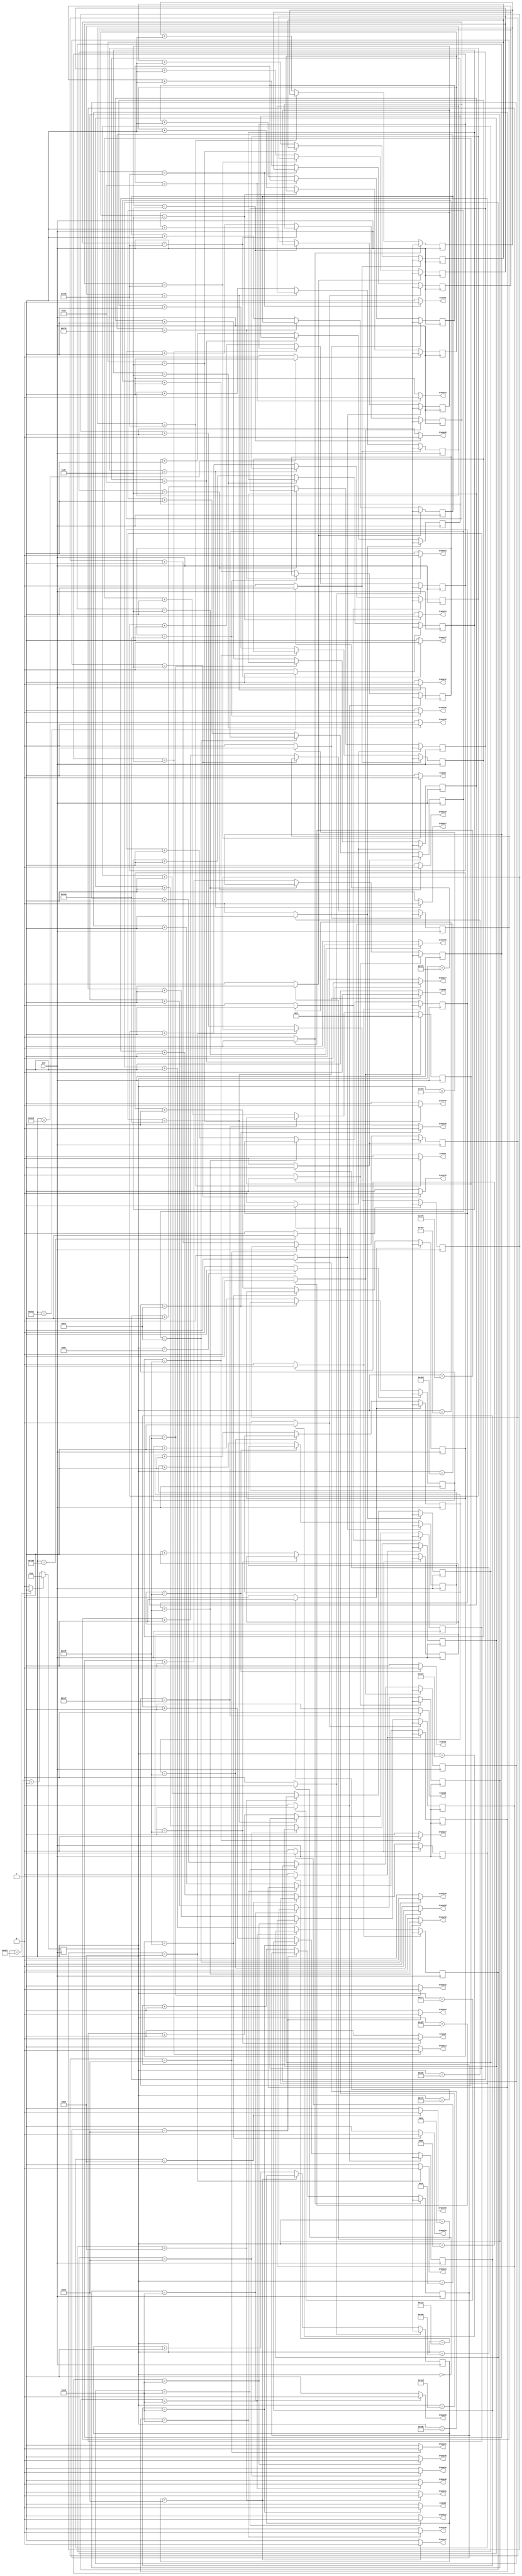
`timescale 1ns / 1ps
//////////////////////////////////////////////////////////////////////////////////
// Company: 
// Engineer: 
// 
// Design Name: 
// Module Name:    twin_6_7_notad 
// Project Name: 
// Target Devices: 
// Tool versions: 
// Description: 
//
// Dependencies: 
//
// Revision: 
// Revision 0.01 - File Created
// Additional Comments: 
//
//////////////////////////////////////////////////////////////////////////////////
module twin_6_7_notad(
 	 input CLK,
    output trans1,
    output trans2,
	 output trans3,
	 output trans4,
	 output trans5,
	 output trans6,

	 output trans8,
	 output trans9,
	 output trans10,
	 output trans11,
	 output trans12,
	 output trans13,

	 output trans15,
	 output trans16,
	 output trans17,
	 output trans18,
	 output trans19,
	 output trans20,

	 output trans22,
	 output trans23,
	 output trans24,
	 output trans25,
	 output trans26,
	 output trans27,

	 output trans29,
	 output trans30,
	 output trans31,
	 output trans32,
	 output trans33,
	 output trans34,

	 output trans36,
	 output trans37,
	 output trans38,
	 output trans39,
	 output trans40,
	 output trans41,

	 output trans43,
	 output trans44,
	 output trans45,
	 output trans46,
	 output trans47,
	 output trans48

    );

	//define signals
	reg [10:0] pwm_base_reg = 11'h000;
	reg [9:0] pwm1_duty_reg = 10'h000;
	reg [9:0] pwm2_duty_reg = 10'h000;
	reg [9:0] pwm3_duty_reg = 10'h000;
	reg [9:0] pwm4_duty_reg = 10'h000;
	reg [9:0] pwm5_duty_reg = 10'h000;
	reg [9:0] pwm6_duty_reg = 10'h000;

	reg [9:0] pwm8_duty_reg = 10'h000;
	reg [9:0] pwm9_duty_reg = 10'h000;
	reg [9:0] pwm10_duty_reg = 10'h000;
	reg [9:0] pwm11_duty_reg = 10'h000;	
	reg [9:0] pwm12_duty_reg = 10'h000;	
	reg [9:0] pwm13_duty_reg = 10'h000;

	reg [9:0] pwm15_duty_reg = 10'h000;
	reg [9:0] pwm16_duty_reg = 10'h000;
	reg [9:0] pwm17_duty_reg = 10'h000;
   reg [9:0] pwm18_duty_reg = 10'h000;
   reg [9:0] pwm19_duty_reg = 10'h000;
   reg [9:0] pwm20_duty_reg = 10'h000;

   reg [9:0] pwm22_duty_reg = 10'h000;
   reg [9:0] pwm23_duty_reg = 10'h000;
   reg [9:0] pwm24_duty_reg = 10'h000;
   reg [9:0] pwm25_duty_reg = 10'h000;
   reg [9:0] pwm26_duty_reg = 10'h000;
   reg [9:0] pwm27_duty_reg = 10'h000;

   reg [9:0] pwm29_duty_reg = 10'h000;
   reg [9:0] pwm30_duty_reg = 10'h000;
   reg [9:0] pwm31_duty_reg = 10'h000;
   reg [9:0] pwm32_duty_reg = 10'h000;
   reg [9:0] pwm33_duty_reg = 10'h000;
   reg [9:0] pwm34_duty_reg = 10'h000;

   reg [9:0] pwm36_duty_reg = 10'h000;
   reg [9:0] pwm37_duty_reg = 10'h000;
   reg [9:0] pwm38_duty_reg = 10'h000;
   reg [9:0] pwm39_duty_reg = 10'h000;
   reg [9:0] pwm40_duty_reg = 10'h000;
   reg [9:0] pwm41_duty_reg = 10'h000;

   reg [9:0] pwm43_duty_reg = 10'h000;
   reg [9:0] pwm44_duty_reg = 10'h000;
   reg [9:0] pwm45_duty_reg = 10'h000;
   reg [9:0] pwm46_duty_reg = 10'h000;
   reg [9:0] pwm47_duty_reg = 10'h000;
   reg [9:0] pwm48_duty_reg = 10'h000;

	
	reg [6:0] base_cycle_counter_reg = 7'h00;
	reg [15:0] count_base_reg = 16'h0000;
	
	wire pwm1;
	wire pwm2;
	wire pwm3;
	wire pwm4;
	wire pwm5;
	wire pwm6;

	wire pwm8;
	wire pwm9;
	wire pwm10;
	wire pwm11;
	wire pwm12;
	wire pwm13;

	wire pwm15;
	wire pwm16;
	wire pwm17;
   wire pwm18;
   wire pwm19;
   wire pwm20;

   wire pwm22;
   wire pwm23;
   wire pwm24;
   wire pwm25;
   wire pwm26;
   wire pwm27;

   wire pwm29;
   wire pwm30;
   wire pwm31;
   wire pwm32;
   wire pwm33;
   wire pwm34;

   wire pwm36;
   wire pwm37;
   wire pwm38;
   wire pwm39;
   wire pwm40;
   wire pwm41;

   wire pwm43;
   wire pwm44;
   wire pwm45;
   wire pwm46;
   wire pwm47;
   wire pwm48;

	
	wire pwm1_out;
	wire pwm2_out;
	wire pwm3_out;
	wire pwm4_out;
	wire pwm5_out;
	wire pwm6_out;

	wire pwm8_out;
	wire pwm9_out;
	wire pwm10_out;
	wire pwm11_out;
	wire pwm12_out;
	wire pwm13_out;

	wire pwm15_out;
	wire pwm16_out;
	wire pwm17_out;
	wire pwm18_out;
   wire pwm19_out;
   wire pwm20_out;

   wire pwm22_out;
   wire pwm23_out;
   wire pwm24_out;
   wire pwm25_out;
   wire pwm26_out;
   wire pwm27_out;

   wire pwm29_out;
   wire pwm30_out;
   wire pwm31_out;
   wire pwm32_out;
   wire pwm33_out;
   wire pwm34_out;

   wire pwm36_out;
   wire pwm37_out;
   wire pwm38_out;
   wire pwm39_out;
   wire pwm40_out;
   wire pwm41_out;

   wire pwm43_out;
   wire pwm44_out;
   wire pwm45_out;
   wire pwm46_out;
   wire pwm47_out;
   wire pwm48_out;

	wire pwmbp;
	

	//PWM Base Cycle Generate
	/* Calculation
		base count = 50[MHz] / 40 [kHz] = 1250
		0 ~ 1249 -> 1250 count
	*/
	always @(posedge CLK) begin  //CB16RE
		if (pwmbp == 1'b1) begin  //R:pwmbp
			pwm_base_reg <= 11'h000;  //h:hexadecimal, assign 0 to all bits
		end
		else begin
			pwm_base_reg <= pwm_base_reg + 1'b1;  //increment
		end
	end
	
	assign pwmbp = (pwm_base_reg[10:0] == 11'd1249) ? 1'b1 : 1'b0;  //COMP16
	
	//phase
   assign pwm1  = (pwm_base_reg[10:0] == 11'd26) ? 1'b1 : 1'b0;  //COMP16
   assign pwm2  = (pwm_base_reg[10:0] == 11'd502) ? 1'b1 : 1'b0;  //COMP16
   assign pwm3  = (pwm_base_reg[10:0] == 11'd750) ? 1'b1 : 1'b0;  //COMP16
   assign pwm4  = (pwm_base_reg[10:0] == 11'd125) ? 1'b1 : 1'b0;  //COMP16
   assign pwm5  = (pwm_base_reg[10:0] == 11'd1127) ? 1'b1 : 1'b0;  //COMP16
   assign pwm6  = (pwm_base_reg[10:0] == 11'd651) ? 1'b1 : 1'b0;  //COMP16
   assign pwm8  = (pwm_base_reg[10:0] == 11'd625) ? 1'b1 : 1'b0;  //COMP16
   assign pwm9  = (pwm_base_reg[10:0] == 11'd1135) ? 1'b1 : 1'b0;  //COMP16
   assign pwm10 = (pwm_base_reg[10:0] == 11'd153) ? 1'b1 : 1'b0;  //COMP16
   assign pwm11 = (pwm_base_reg[10:0] == 11'd778) ? 1'b1 : 1'b0;  //COMP16
   assign pwm12 = (pwm_base_reg[10:0] == 11'd510) ? 1'b1 : 1'b0;  //COMP16
   assign pwm13 = (pwm_base_reg[10:0] == 11'd0) ? 1'b1 : 1'b0;  //COMP16
   assign pwm15 = (pwm_base_reg[10:0] == 11'd1005) ? 1'b1 : 1'b0;  //COMP16
   assign pwm16 = (pwm_base_reg[10:0] == 11'd290) ? 1'b1 : 1'b0;  //COMP16
   assign pwm17 = (pwm_base_reg[10:0] == 11'd572) ? 1'b1 : 1'b0;  //COMP16
   assign pwm18 = (pwm_base_reg[10:0] == 11'd1197) ? 1'b1 : 1'b0;  //COMP16
   assign pwm19 = (pwm_base_reg[10:0] == 11'd915) ? 1'b1 : 1'b0;  //COMP16
   assign pwm20 = (pwm_base_reg[10:0] == 11'd380) ? 1'b1 : 1'b0;  //COMP16
   assign pwm22 = (pwm_base_reg[10:0] == 11'd1135) ? 1'b1 : 1'b0;  //COMP16
   assign pwm23 = (pwm_base_reg[10:0] == 11'd429) ? 1'b1 : 1'b0;  //COMP16
   assign pwm24 = (pwm_base_reg[10:0] == 11'd717) ? 1'b1 : 1'b0;  //COMP16
   assign pwm25 = (pwm_base_reg[10:0] == 11'd92) ? 1'b1 : 1'b0;  //COMP16
   assign pwm26 = (pwm_base_reg[10:0] == 11'd1054) ? 1'b1 : 1'b0;  //COMP16
   assign pwm27 = (pwm_base_reg[10:0] == 11'd510) ? 1'b1 : 1'b0;  //COMP16
   assign pwm29 = (pwm_base_reg[10:0] == 11'd1005) ? 1'b1 : 1'b0;  //COMP16
   assign pwm30 = (pwm_base_reg[10:0] == 11'd290) ? 1'b1 : 1'b0;  //COMP16
   assign pwm31 = (pwm_base_reg[10:0] == 11'd572) ? 1'b1 : 1'b0;  //COMP16
   assign pwm32 = (pwm_base_reg[10:0] == 11'd1197) ? 1'b1 : 1'b0;  //COMP16
   assign pwm33 = (pwm_base_reg[10:0] == 11'd915) ? 1'b1 : 1'b0;  //COMP16
   assign pwm34 = (pwm_base_reg[10:0] == 11'd380) ? 1'b1 : 1'b0;  //COMP16
   assign pwm36 = (pwm_base_reg[10:0] == 11'd625) ? 1'b1 : 1'b0;  //COMP16
   assign pwm37 = (pwm_base_reg[10:0] == 11'd1135) ? 1'b1 : 1'b0;  //COMP16
   assign pwm38 = (pwm_base_reg[10:0] == 11'd153) ? 1'b1 : 1'b0;  //COMP16
   assign pwm39 = (pwm_base_reg[10:0] == 11'd778) ? 1'b1 : 1'b0;  //COMP16
   assign pwm40 = (pwm_base_reg[10:0] == 11'd510) ? 1'b1 : 1'b0;  //COMP16
   assign pwm41 = (pwm_base_reg[10:0] == 11'd0) ? 1'b1 : 1'b0;  //COMP16
   assign pwm43 = (pwm_base_reg[10:0] == 11'd26) ? 1'b1 : 1'b0;  //COMP16
   assign pwm44 = (pwm_base_reg[10:0] == 11'd502) ? 1'b1 : 1'b0;  //COMP16
   assign pwm45 = (pwm_base_reg[10:0] == 11'd750) ? 1'b1 : 1'b0;  //COMP16
   assign pwm46 = (pwm_base_reg[10:0] == 11'd125) ? 1'b1 : 1'b0;  //COMP16
   assign pwm47 = (pwm_base_reg[10:0] == 11'd1127) ? 1'b1 : 1'b0;  //COMP16
   assign pwm48 = (pwm_base_reg[10:0] == 11'd651) ? 1'b1 : 1'b0;  //COMP16
	
	
	//PWM Duty Ratio Generate
    always @(posedge CLK) begin  //CB16RE
        if (pwm1 == 1'b1) begin  //R:pwm1
            pwm1_duty_reg <= 11'h000;
        end
        else if (pwm1_out == 1'b1) begin  //CE:pwm1_out
            pwm1_duty_reg <= pwm1_duty_reg + 1'b1;
        end
    end
    
    always @(posedge CLK) begin  //CB16RE
        if (pwm2 == 1'b1) begin  //R:pwm2
            pwm2_duty_reg <= 11'h000;
        end
        else if (pwm2_out == 1'b1) begin  //CE:pwm2_out
            pwm2_duty_reg <= pwm2_duty_reg + 1'b1;
        end
    end
    
    always @(posedge CLK) begin  //CB16RE
        if (pwm3 == 1'b1) begin  //R:pwm3
            pwm3_duty_reg <= 11'h000;
        end
        else if (pwm3_out == 1'b1) begin  //CE:pwm3_out
            pwm3_duty_reg <= pwm3_duty_reg + 1'b1;
        end
    end
    
    always @(posedge CLK) begin  //CB16RE
        if (pwm4 == 1'b1) begin  //R:pwm4
            pwm4_duty_reg <= 11'h000;
        end
        else if (pwm4_out == 1'b1) begin  //CE:pwm4_out
            pwm4_duty_reg <= pwm4_duty_reg + 1'b1;
        end
    end
    
    always @(posedge CLK) begin  //CB16RE
        if (pwm5 == 1'b1) begin  //R:pwm5
            pwm5_duty_reg <= 11'h000;
        end
        else if (pwm5_out == 1'b1) begin  //CE:pwm5_out
            pwm5_duty_reg <= pwm5_duty_reg + 1'b1;
        end
    end
    
    always @(posedge CLK) begin  //CB16RE
        if (pwm6 == 1'b1) begin  //R:pwm6
            pwm6_duty_reg <= 11'h000;
        end
        else if (pwm6_out == 1'b1) begin  //CE:pwm6_out
            pwm6_duty_reg <= pwm6_duty_reg + 1'b1;
        end
    end
    

    
    always @(posedge CLK) begin  //CB16RE
        if (pwm8 == 1'b1) begin  //R:pwm8
            pwm8_duty_reg <= 11'h000;
        end
        else if (pwm8_out == 1'b1) begin  //CE:pwm8_out
            pwm8_duty_reg <= pwm8_duty_reg + 1'b1;
        end
    end
    
    always @(posedge CLK) begin  //CB16RE
        if (pwm9 == 1'b1) begin  //R:pwm9
            pwm9_duty_reg <= 11'h000;
        end
        else if (pwm9_out == 1'b1) begin  //CE:pwm9_out
            pwm9_duty_reg <= pwm9_duty_reg + 1'b1;
        end
    end
    
    always @(posedge CLK) begin  //CB16RE
        if (pwm10 == 1'b1) begin  //R:pwm10
            pwm10_duty_reg <= 11'h000;
        end
        else if (pwm10_out == 1'b1) begin  //CE:pwm10_out
            pwm10_duty_reg <= pwm10_duty_reg + 1'b1;
        end
    end
    
   always @(posedge CLK) begin  //CB16RE
        if (pwm11 == 1'b1) begin  //R:pwm11
            pwm11_duty_reg <= 11'h000;
        end
        else if (pwm11_out == 1'b1) begin  //CE:pwm11_out
            pwm11_duty_reg <= pwm11_duty_reg + 1'b1;
        end
    end

   always @(posedge CLK) begin  //CB16RE
        if (pwm12 == 1'b1) begin  //R:pwm12
            pwm12_duty_reg <= 11'h000;
        end
        else if (pwm12_out == 1'b1) begin  //CE:pwm12_out
            pwm12_duty_reg <= pwm12_duty_reg + 1'b1;
        end
    end

   always @(posedge CLK) begin  //CB16RE
        if (pwm13 == 1'b1) begin  //R:pwm13
            pwm13_duty_reg <= 11'h000;
        end
        else if (pwm13_out == 1'b1) begin  //CE:pwm13_out
            pwm13_duty_reg <= pwm13_duty_reg + 1'b1;
        end
    end


	 
    always @(posedge CLK) begin  //CB16RE
        if (pwm15 == 1'b1) begin  //R:pwm15
            pwm15_duty_reg <= 11'h000;
        end
        else if (pwm15_out == 1'b1) begin  //CE:pwm15_out
            pwm15_duty_reg <= pwm15_duty_reg + 1'b1;
        end
    end
	 
    always @(posedge CLK) begin  //CB16RE
        if (pwm16 == 1'b1) begin  //R:pwm16
            pwm16_duty_reg <= 11'h000;
        end
        else if (pwm16_out == 1'b1) begin  //CE:pwm16_out
            pwm16_duty_reg <= pwm16_duty_reg + 1'b1;
        end
    end
	 
    always @(posedge CLK) begin  //CB16RE
        if (pwm17 == 1'b1) begin  //R:pwm17
            pwm17_duty_reg <= 11'h000;
        end
        else if (pwm17_out == 1'b1) begin  //CE:pwm17_out
            pwm17_duty_reg <= pwm17_duty_reg + 1'b1;
        end
    end

    always @(posedge CLK) begin  //CB16RE
        if (pwm18 == 1'b1) begin  //R:pwm18
            pwm18_duty_reg <= 11'h000;
        end
        else if (pwm18_out == 1'b1) begin  //CE:pwm18_out
            pwm18_duty_reg <= pwm18_duty_reg + 1'b1;
        end
    end

	 always @(posedge CLK) begin  //CB16RE
        if (pwm19 == 1'b1) begin  //R:pwm19
            pwm19_duty_reg <= 11'h000;
        end
        else if (pwm19_out == 1'b1) begin  //CE:pwm19_out
            pwm19_duty_reg <= pwm19_duty_reg + 1'b1;
        end
    end

	 always @(posedge CLK) begin  //CB16RE
        if (pwm20 == 1'b1) begin  //R:pwm20
            pwm20_duty_reg <= 11'h000;
        end
        else if (pwm20_out == 1'b1) begin  //CE:pwm20_out
            pwm20_duty_reg <= pwm20_duty_reg + 1'b1;
        end
    end



	 always @(posedge CLK) begin  //CB16RE
        if (pwm22 == 1'b1) begin  //R:pwm22
            pwm22_duty_reg <= 11'h000;
        end
        else if (pwm22_out == 1'b1) begin  //CE:pwm22_out
            pwm22_duty_reg <= pwm22_duty_reg + 1'b1;
        end
    end

	 always @(posedge CLK) begin  //CB16RE
        if (pwm23 == 1'b1) begin  //R:pwm23
            pwm23_duty_reg <= 11'h000;
        end
        else if (pwm23_out == 1'b1) begin  //CE:pwm23_out
            pwm23_duty_reg <= pwm23_duty_reg + 1'b1;
        end
    end
	 
    always @(posedge CLK) begin  //CB16RE
        if (pwm24 == 1'b1) begin  //R:pwm24
            pwm24_duty_reg <= 11'h000;
        end
        else if (pwm24_out == 1'b1) begin  //CE:pwm24_out
            pwm24_duty_reg <= pwm24_duty_reg + 1'b1;
        end
    end
	 
    always @(posedge CLK) begin  //CB16RE
        if (pwm25 == 1'b1) begin  //R:pwm25
            pwm25_duty_reg <= 11'h000;
        end
        else if (pwm25_out == 1'b1) begin  //CE:pwm25_out
            pwm25_duty_reg <= pwm25_duty_reg + 1'b1;
        end
    end
	 
    always @(posedge CLK) begin  //CB16RE
        if (pwm26 == 1'b1) begin  //R:pwm26
            pwm26_duty_reg <= 11'h000;
        end
        else if (pwm26_out == 1'b1) begin  //CE:pwm26_out
            pwm26_duty_reg <= pwm26_duty_reg + 1'b1;
        end
    end
	 
    always @(posedge CLK) begin  //CB16RE
        if (pwm27 == 1'b1) begin  //R:pwm27
            pwm27_duty_reg <= 11'h000;
        end
        else if (pwm27_out == 1'b1) begin  //CE:pwm27_out
            pwm27_duty_reg <= pwm27_duty_reg + 1'b1;
        end
    end
	 

	 
    always @(posedge CLK) begin  //CB16RE
        if (pwm29 == 1'b1) begin  //R:pwm29
            pwm29_duty_reg <= 11'h000;
        end
        else if (pwm29_out == 1'b1) begin  //CE:pwm29_out
            pwm29_duty_reg <= pwm29_duty_reg + 1'b1;
        end
    end
	 
    always @(posedge CLK) begin  //CB16RE
        if (pwm30 == 1'b1) begin  //R:pwm30
            pwm30_duty_reg <= 11'h000;
        end
        else if (pwm30_out == 1'b1) begin  //CE:pwm30_out
            pwm30_duty_reg <= pwm30_duty_reg + 1'b1;
        end
    end
	 
    always @(posedge CLK) begin  //CB16RE
        if (pwm31 == 1'b1) begin  //R:pwm31
            pwm31_duty_reg <= 11'h000;
        end
        else if (pwm31_out == 1'b1) begin  //CE:pwm31_out
            pwm31_duty_reg <= pwm31_duty_reg + 1'b1;
        end
    end
	 
    always @(posedge CLK) begin  //CB16RE
        if (pwm32 == 1'b1) begin  //R:pwm32
            pwm32_duty_reg <= 11'h000;
        end
        else if (pwm32_out == 1'b1) begin  //CE:pwm32_out
            pwm32_duty_reg <= pwm32_duty_reg + 1'b1;
        end
    end
	 
    always @(posedge CLK) begin  //CB16RE
        if (pwm33 == 1'b1) begin  //R:pwm33
            pwm33_duty_reg <= 11'h000;
        end
        else if (pwm33_out == 1'b1) begin  //CE:pwm33_out
            pwm33_duty_reg <= pwm33_duty_reg + 1'b1;
        end
    end
	 
    always @(posedge CLK) begin  //CB16RE
        if (pwm34 == 1'b1) begin  //R:pwm34
            pwm34_duty_reg <= 11'h000;
        end
        else if (pwm34_out == 1'b1) begin  //CE:pwm34_out
            pwm34_duty_reg <= pwm34_duty_reg + 1'b1;
        end
    end
	 

	 
    always @(posedge CLK) begin  //CB16RE
        if (pwm36 == 1'b1) begin  //R:pwm36
            pwm36_duty_reg <= 11'h000;
        end
        else if (pwm36_out == 1'b1) begin  //CE:pwm36_out
            pwm36_duty_reg <= pwm36_duty_reg + 1'b1;
        end
    end
	 
    always @(posedge CLK) begin  //CB16RE
        if (pwm37 == 1'b1) begin  //R:pwm37
            pwm37_duty_reg <= 11'h000;
        end
        else if (pwm37_out == 1'b1) begin  //CE:pwm37_out
            pwm37_duty_reg <= pwm37_duty_reg + 1'b1;
        end
    end
	 
    always @(posedge CLK) begin  //CB16RE
        if (pwm38 == 1'b1) begin  //R:pwm38
            pwm38_duty_reg <= 11'h000;
        end
        else if (pwm38_out == 1'b1) begin  //CE:pwm38_out
            pwm38_duty_reg <= pwm38_duty_reg + 1'b1;
        end
    end
	 
    always @(posedge CLK) begin  //CB16RE
        if (pwm39 == 1'b1) begin  //R:pwm39
            pwm39_duty_reg <= 11'h000;
        end
        else if (pwm39_out == 1'b1) begin  //CE:pwm39_out
            pwm39_duty_reg <= pwm39_duty_reg + 1'b1;
        end
    end
	 
    always @(posedge CLK) begin  //CB16RE
        if (pwm40 == 1'b1) begin  //R:pwm40
            pwm40_duty_reg <= 11'h000;
        end
        else if (pwm40_out == 1'b1) begin  //CE:pwm40_out
            pwm40_duty_reg <= pwm40_duty_reg + 1'b1;
        end
    end
	 
    always @(posedge CLK) begin  //CB16RE
        if (pwm41 == 1'b1) begin  //R:pwm41
            pwm41_duty_reg <= 11'h000;
        end
        else if (pwm41_out == 1'b1) begin  //CE:pwm41_out
            pwm41_duty_reg <= pwm41_duty_reg + 1'b1;
        end
    end
	 

	 
    always @(posedge CLK) begin  //CB16RE
        if (pwm43 == 1'b1) begin  //R:pwm43
            pwm43_duty_reg <= 11'h000;
        end
        else if (pwm43_out == 1'b1) begin  //CE:pwm43_out
            pwm43_duty_reg <= pwm43_duty_reg + 1'b1;
        end
    end
	 
    always @(posedge CLK) begin  //CB16RE
        if (pwm44 == 1'b1) begin  //R:pwm44
            pwm44_duty_reg <= 11'h000;
        end
        else if (pwm44_out == 1'b1) begin  //CE:pwm44_out
            pwm44_duty_reg <= pwm44_duty_reg + 1'b1;
        end
    end
	 
    always @(posedge CLK) begin  //CB16RE
        if (pwm45 == 1'b1) begin  //R:pwm45
            pwm45_duty_reg <= 11'h000;
        end
        else if (pwm45_out == 1'b1) begin  //CE:pwm45_out
            pwm45_duty_reg <= pwm45_duty_reg + 1'b1;
        end
    end
	 
    always @(posedge CLK) begin  //CB16RE
        if (pwm46 == 1'b1) begin  //R:pwm46
            pwm46_duty_reg <= 11'h000;
        end
        else if (pwm46_out == 1'b1) begin  //CE:pwm46_out
            pwm46_duty_reg <= pwm46_duty_reg + 1'b1;
        end
    end
	 
    always @(posedge CLK) begin  //CB16RE
        if (pwm47 == 1'b1) begin  //R:pwm47
            pwm47_duty_reg <= 11'h000;
        end
        else if (pwm47_out == 1'b1) begin  //CE:pwm47_out
            pwm47_duty_reg <= pwm47_duty_reg + 1'b1;
        end
    end
	 
    always @(posedge CLK) begin  //CB16RE
        if (pwm48 == 1'b1) begin  //R:pwm48
            pwm48_duty_reg <= 11'h000;
        end
        else if (pwm48_out == 1'b1) begin  //CE:pwm48_out
            pwm48_duty_reg <= pwm48_duty_reg + 1'b1;
        end
    end
       

	//duty ratio  ex 50% -> 1250 / 2 = 625
	assign pwm1_out = (pwm1_duty_reg[9:0] == 10'd264) ? 1'b0 : 1'b1;  //COMP16
	assign pwm2_out = (pwm2_duty_reg[9:0] == 10'd264) ? 1'b0 : 1'b1;  //COMP16
	assign pwm3_out = (pwm3_duty_reg[9:0] == 10'd264) ? 1'b0 : 1'b1;  //COMP16
	assign pwm4_out = (pwm4_duty_reg[9:0] == 10'd319) ? 1'b0 : 1'b1;  //COMP16
	assign pwm5_out = (pwm5_duty_reg[9:0] == 10'd362) ? 1'b0 : 1'b1;  //COMP16
	assign pwm6_out = (pwm6_duty_reg[9:0] == 10'd319) ? 1'b0 : 1'b1;  //COMP16

	assign pwm8_out = (pwm8_duty_reg[9:0] == 10'd237) ? 1'b0 : 1'b1;  //COMP16
	assign pwm9_out = (pwm9_duty_reg[9:0] == 10'd463) ? 1'b0 : 1'b1;  //COMP16
	assign pwm10_out = (pwm10_duty_reg[9:0] == 10'd319) ? 1'b0 : 1'b1;  //COMP16
   assign pwm11_out = (pwm11_duty_reg[9:0] == 10'd205) ? 1'b0 : 1'b1;  //COMP16 
   assign pwm12_out = (pwm12_duty_reg[9:0] == 10'd264) ? 1'b0 : 1'b1;  //COMP16 
   assign pwm13_out = (pwm13_duty_reg[9:0] == 10'd220) ? 1'b0 : 1'b1;  //COMP16 

   assign pwm15_out = (pwm15_duty_reg[9:0] == 10'd220) ? 1'b0 : 1'b1;  //COMP16 
   assign pwm16_out = (pwm16_duty_reg[9:0] == 10'd205) ? 1'b0 : 1'b1;  //COMP16
   assign pwm17_out = (pwm17_duty_reg[9:0] == 10'd170) ? 1'b0 : 1'b1;  //COMP16
   assign pwm18_out = (pwm18_duty_reg[9:0] == 10'd220) ? 1'b0 : 1'b1;  //COMP16
   assign pwm19_out = (pwm19_duty_reg[9:0] == 10'd220) ? 1'b0 : 1'b1;  //COMP16
   assign pwm20_out = (pwm20_duty_reg[9:0] == 10'd319) ? 1'b0 : 1'b1;  //COMP16

   assign pwm22_out = (pwm22_duty_reg[9:0] == 10'd237) ? 1'b0 : 1'b1;  //COMP16
   assign pwm23_out = (pwm23_duty_reg[9:0] == 10'd185) ? 1'b0 : 1'b1;  //COMP16
   assign pwm24_out = (pwm24_duty_reg[9:0] == 10'd220) ? 1'b0 : 1'b1;  //COMP16
   assign pwm25_out = (pwm25_duty_reg[9:0] == 10'd197) ? 1'b0 : 1'b1;  //COMP16
   assign pwm26_out = (pwm26_duty_reg[9:0] == 10'd220) ? 1'b0 : 1'b1;  //COMP16
   assign pwm27_out = (pwm27_duty_reg[9:0] == 10'd319) ? 1'b0 : 1'b1;  //COMP16

   assign pwm29_out = (pwm29_duty_reg[9:0] == 10'd237) ? 1'b0 : 1'b1;  //COMP16
   assign pwm30_out = (pwm30_duty_reg[9:0] == 10'd237) ? 1'b0 : 1'b1;  //COMP16
   assign pwm31_out = (pwm31_duty_reg[9:0] == 10'd185) ? 1'b0 : 1'b1;  //COMP16
   assign pwm32_out = (pwm32_duty_reg[9:0] == 10'd319) ? 1'b0 : 1'b1;  //COMP16
   assign pwm33_out = (pwm33_duty_reg[9:0] == 10'd170) ? 1'b0 : 1'b1;  //COMP16
   assign pwm34_out = (pwm34_duty_reg[9:0] == 10'd319) ? 1'b0 : 1'b1;  //COMP16

   assign pwm36_out = (pwm36_duty_reg[9:0] == 10'd362) ? 1'b0 : 1'b1;  //COMP16
   assign pwm37_out = (pwm37_duty_reg[9:0] == 10'd264) ? 1'b0 : 1'b1;  //COMP16
   assign pwm38_out = (pwm38_duty_reg[9:0] == 10'd237) ? 1'b0 : 1'b1;  //COMP16
   assign pwm39_out = (pwm39_duty_reg[9:0] == 10'd197) ? 1'b0 : 1'b1;  //COMP16
   assign pwm40_out = (pwm40_duty_reg[9:0] == 10'd220) ? 1'b0 : 1'b1;  //COMP16
   assign pwm41_out = (pwm41_duty_reg[9:0] == 10'd205) ? 1'b0 : 1'b1;  //COMP16

   assign pwm43_out = (pwm43_duty_reg[9:0] == 10'd624) ? 1'b0 : 1'b1;  //COMP16
   assign pwm44_out = (pwm44_duty_reg[9:0] == 10'd205) ? 1'b0 : 1'b1;  //COMP16
   assign pwm45_out = (pwm45_duty_reg[9:0] == 10'd237) ? 1'b0 : 1'b1;  //COMP16
   assign pwm46_out = (pwm46_duty_reg[9:0] == 10'd185) ? 1'b0 : 1'b1;  //COMP16
   assign pwm47_out = (pwm47_duty_reg[9:0] == 10'd220) ? 1'b0 : 1'b1;  //COMP16
   assign pwm48_out = (pwm48_duty_reg[9:0] == 10'd220) ? 1'b0 : 1'b1;  //COMP16
	
	//To transducers
   assign trans1 = pwm1_out;
   assign trans2 = pwm2_out;
   assign trans3 = pwm3_out;
   assign trans4 = pwm4_out;
   assign trans5 = pwm5_out;
   assign trans6 = pwm6_out;

   assign trans8 = pwm8_out;
   assign trans9 = pwm9_out;
   assign trans10 = pwm10_out;
   assign trans11 = pwm11_out;
   assign trans12 = pwm12_out;
   assign trans13 = pwm13_out;

   assign trans15 = pwm15_out;
   assign trans16 = pwm16_out;
   assign trans17 = pwm17_out;
   assign trans18 = pwm18_out;
   assign trans19 = pwm19_out;
   assign trans20 = pwm20_out;

   assign trans22 = pwm22_out;
   assign trans23 = pwm23_out;
   assign trans24 = pwm24_out;
   assign trans25 = pwm25_out;
   assign trans26 = pwm26_out;
   assign trans27 = pwm27_out;

   assign trans29 = pwm29_out;
   assign trans30 = pwm30_out;
   assign trans31 = pwm31_out;
   assign trans32 = pwm32_out;
   assign trans33 = pwm33_out;
   assign trans34 = pwm34_out;

   assign trans36 = pwm36_out;
   assign trans37 = pwm37_out;
   assign trans38 = pwm38_out;
   assign trans39 = pwm39_out;
   assign trans40 = pwm40_out;
   assign trans41 = pwm41_out;

   assign trans43 = pwm43_out;
   assign trans44 = pwm44_out;
   assign trans45 = pwm45_out;
   assign trans46 = pwm46_out;
   assign trans47 = pwm47_out;
   assign trans48 = pwm48_out;

endmodule